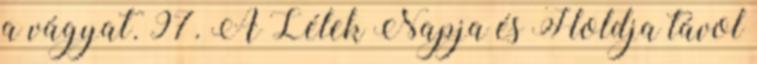
a vágyat. 97. A Lélek Napja és Holdja távol